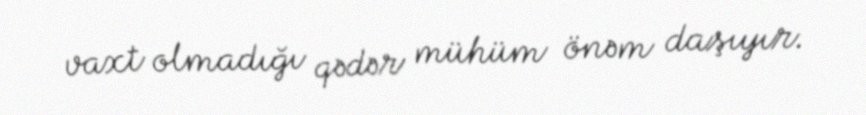
vaxt olmadığı qədər mühüm önəm daşıyır.